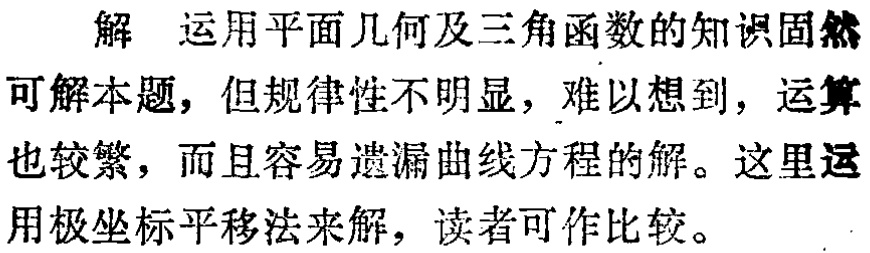
解 运用平面几何及三角函数的知识固然可解本题，但规律性不明显，难以想到，运算也较繁，而且容易遗漏曲线方程的解。这里运用极坐标平移法来解，读者可作比较。